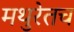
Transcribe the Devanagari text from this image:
मथुरेतच